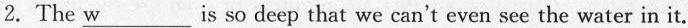
2. The \underline{w} is so deep that we can't even see the water in it.